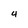
Character: 4